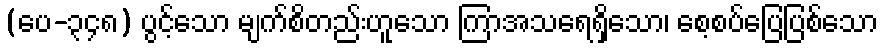
(ပေ-၃၄၈) ပွင့်သော မျက်စိတည်းဟူသော ကြာအသရေရှိသော၊ စေ့စပ်ပြေပြစ်သော